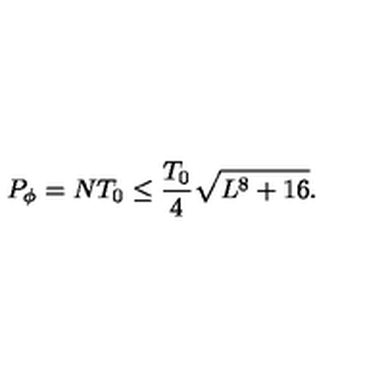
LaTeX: P _ { \phi } = N T _ { 0 } \leq \frac { T _ { 0 } } { 4 } \sqrt { L ^ { 8 } + 1 6 } .